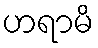
ဟရာမိ